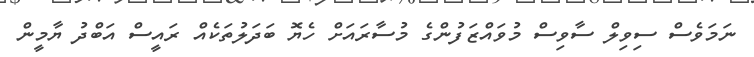
ނަމަވެސް ސިވިލް ސާވިސް މުވައްޒަފުންގެ މުސާރައަށް ހެޔޮ ބަދަލުތަކެއް ރައީސް އަބްދު ޔާމީން